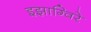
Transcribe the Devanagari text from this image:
इझाग्विरे